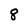
Character: 8